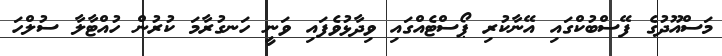
މަސްއޫދުގެ ފޭސްބުކްގައި އޭނާކުރި ޕޯސްޓެއްގައި ވިދާޅުވެފައި ވަނީ ހަނގުރާމަ ކުރުން ހުއްޓާލާ ސުލްހަ